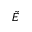
\tilde { E }